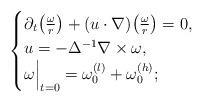
LaTeX: \begin{align*} \begin{cases} \partial_t \bigl(\frac{\omega}r\bigr) + (u\cdot \nabla) \bigl( \frac{\omega} r \bigr)=0, \\ u= -\Delta^{-1} \nabla \times \omega,\\ \omega \Bigr|_{t=0}= \omega_0^{(l)} + \omega_0^{(h)}; \end{cases}\end{align*}